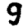
Digit: 9